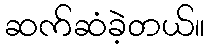
ဆက်ဆံခဲ့တယ်။